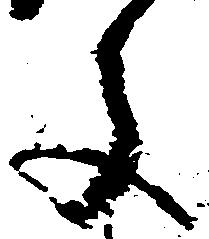
文